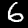
Digit: 6